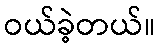
ဝယ်ခဲ့တယ်။